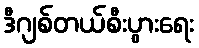
ဒီဂျစ်တယ်စီးပွားရေး